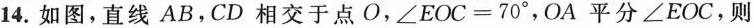
14.如图，直线AB，CD相交于点O，$$∠ E O C = 7 0 °$$，OA平分∠EOC，则